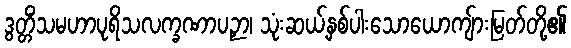
ဒွတ္တိံသမဟာပုရိသလက္ခဏာပဉှာ၊ သုံးဆယ့်နှစ်ပါးသောယောကျ်ားမြတ်တို့၏